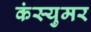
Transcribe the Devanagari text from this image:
कंस्युमर